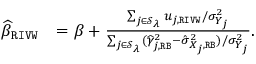
\begin{array} { r l } { \widehat { \beta } _ { \mathtt { R I V W } } } & { = \beta + \frac { \sum _ { j \in \mathcal { S } _ { \lambda } } u _ { j , \mathtt { R I V W } } / \sigma _ { Y _ { j } } ^ { 2 } } { \sum _ { j \in \mathcal { S } _ { \lambda } } ( \widehat \gamma _ { j , \mathtt { R B } } ^ { 2 } - \hat { \sigma } _ { X _ { j } , \mathtt { R B } } ^ { 2 } ) / \sigma _ { Y _ { j } } ^ { 2 } } . } \end{array}